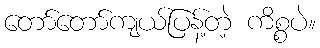
တော်တော်ကျယ်ပြန့်တဲ့ ကိစ္စပဲ။